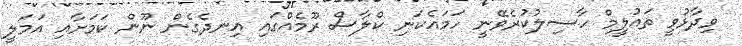
ވިދާޅުވީ ތައުލީމް ހާސިލުކުރެވޭނީ ހަމައެކަނި ކްލާސް ރޫމެއްގައި އިނދެގެން ނޫން ކަމަށާއި އަމަލީ